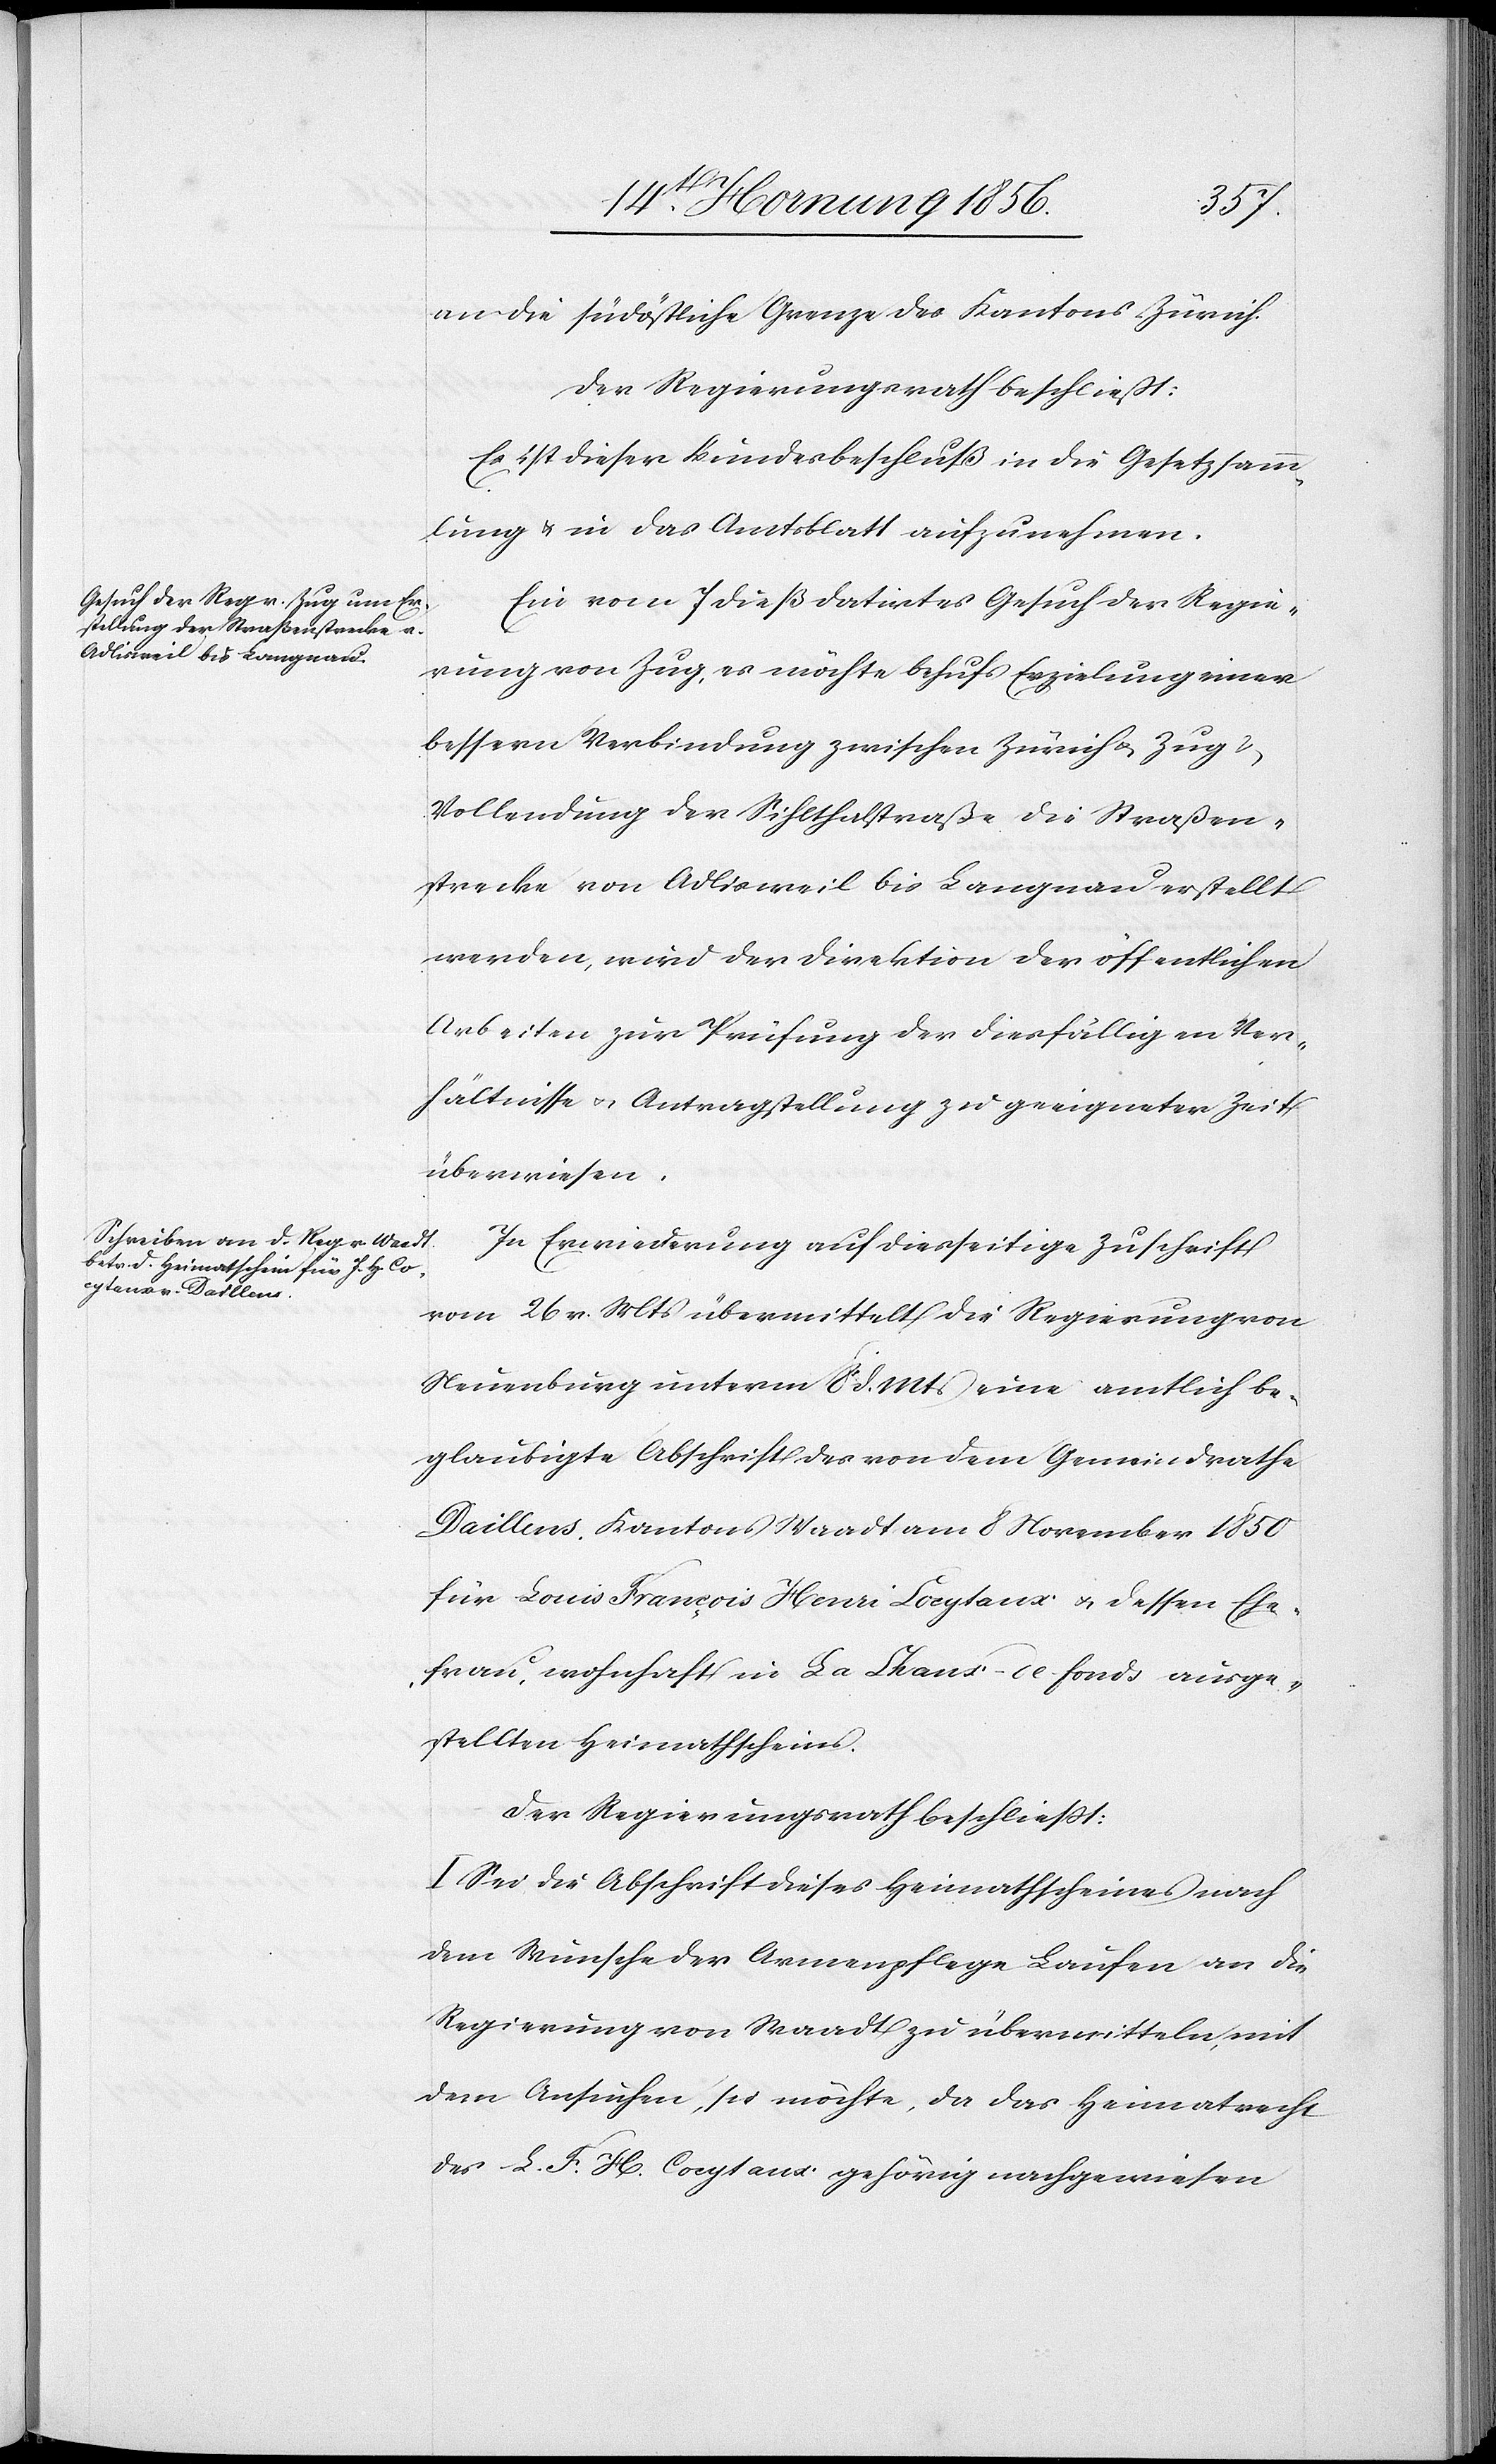
an die südöstliche Grenze des Kantons Zürich.
Der Regierungsrath beschließt:
Es ist dieser Bundesbeschluß in die Gesetzsamm¬
lung u. in das Amtsblatt aufzunehmen.
Ein vom 7 dieß datirtes Gesuch der Regie¬
rung von Zug, es möchte behufs Erzielung einer
bessern Verbindung zwischen Zürich u. Zug &
Vollendung der Sihlthalstraße die Straßen¬
strecke von Adlisweil bis Langnau erstellt
werden, wird der Direktion der öffentlichen
Arbeiten zur Prüfung der diesfälligen Ver¬
hältnisse u. Antragstellung zu geeigneter Zeit
überwiesen.
In Erwiederung auf diesseitige Zuschrift
vom 26 v. Mts übermittelt die Regierung von
Neuenburg unterm 8 d. Mts eine amtlich be¬
glaubigte Abschrift des von dem Gemeindrathe
Daillens. Kantons Waadt am 8 November 1850
für Louis François Henri Coeytaux u. dessen Ehe¬
frau, wohnhaft in La Chaux-de-fonds ausge¬
stellten Heimathscheins.
Der Regierungsrath beschließt:
I. Sei die Abschrift dieses Heimathscheines nach
dem Wunsche der Armenpflege Laufen an die
Regierung von Waadt zu übermitteln, mit
dem Ansuchen, sie möchte, da das Heimatrecht
des L. F. H. Coeytaux gehörig nachgewiesen